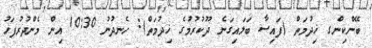
ބޭންކިންގ ޚިދުމަތް (ފައިސާ ބަލައިގަނެ ދޫކުރުމުގެ ޚިދުމަތް): ހެނދުނު 10:30 އިން މެންދުރުފަހު